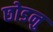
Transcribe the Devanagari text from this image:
छोडनु